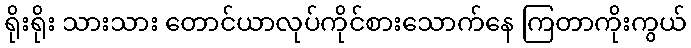
ရိုးရိုး သားသား တောင်ယာလုပ်ကိုင်စားသောက်နေ ကြတာကိုးကွယ်